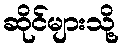
ဆိုင်များသို့